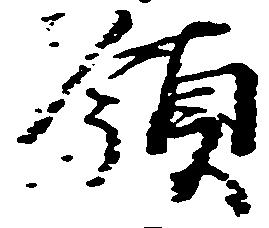
領